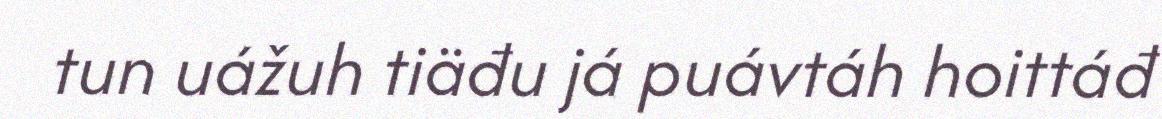
tun uážuh tiäđu já puávtáh hoittáđ